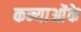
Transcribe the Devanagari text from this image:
कन्याओंके